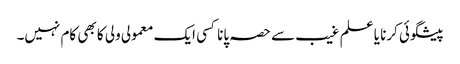
پیشگوئی کرنا یا علم غیب سے حصہ پانا کسی ایک معمولی ولی کا بھی کام نہیں۔